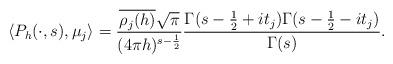
LaTeX: \begin{align*} \langle P_h(\cdot,s),\mu_j \rangle = \frac{\overline{\rho_j(h)}\sqrt{\pi}}{(4\pi h)^{s-\frac{1}{2}}} \frac{\Gamma(s-\frac{1}{2}+it_j)\Gamma(s-\frac{1}{2}-it_j)}{\Gamma(s)}.\end{align*}